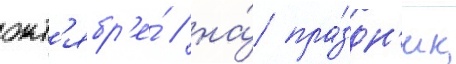
окт'ябр'е́ / на́ пра́здн'ик